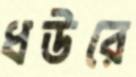
ধউরে